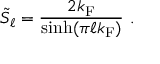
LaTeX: \tilde { S } _ { \ell } = \frac { 2 k _ { \mathrm { F } } } { \sinh ( \pi \ell k _ { \mathrm { F } } ) } \ .